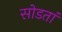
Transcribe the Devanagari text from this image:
सोडतां